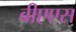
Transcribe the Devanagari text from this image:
बीएएस